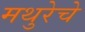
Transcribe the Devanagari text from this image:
मथुरेचे